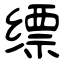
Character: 缥